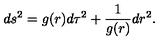
d s ^ { 2 } = g ( r ) d \tau ^ { 2 } + { \frac { 1 } { g ( r ) } } d r ^ { 2 } .